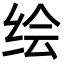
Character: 绘